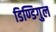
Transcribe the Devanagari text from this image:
डिण्डिगुल